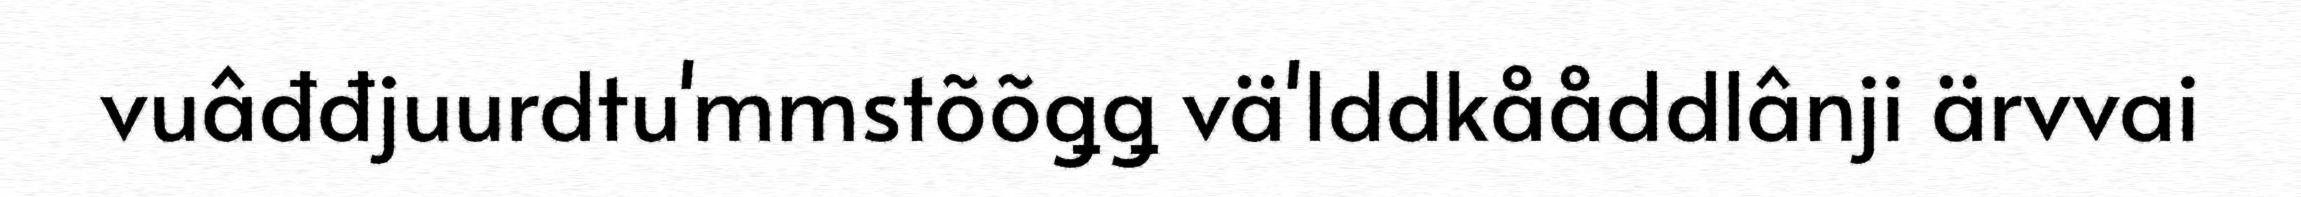
vuâđđjuurdtu'mmstõõǥǥ vä'lddkååddlânji ärvvai